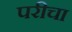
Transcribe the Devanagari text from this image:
परीचा